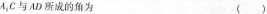
A_{4}C与AD所成的角为（ ）